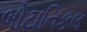
બોટાનિકલ